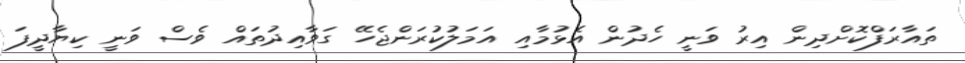
ތައާރަފްކޮށްދިން އިރު ވަނީ ހެދުން އެޅުމާއި އަމަލުކުރަންޖެހޭ ގަވާއިދުތައް ވެސް ވަނީ ކިޔާދީފަ